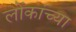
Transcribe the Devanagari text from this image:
लोंकांच्या